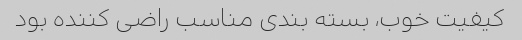
کیفیت خوب، بسته بندی مناسب راضی کننده بود